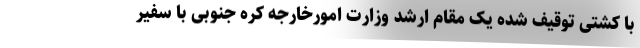
با کشتی توقیف شده یک مقام ارشد وزارت امورخارجه کره جنوبی با سفیر